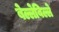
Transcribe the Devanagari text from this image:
बेल्लेविल्ले